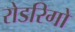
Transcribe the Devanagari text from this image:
रोडरिगो